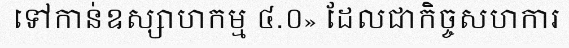
ទៅកាន់ឧស្សាហកម្ម ៤.០» ដែលជាកិច្ចសហការ